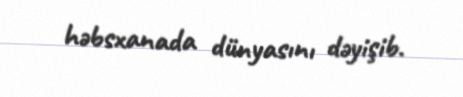
həbsxanada dünyasını dəyişib.